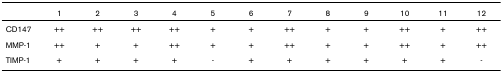
<table><thead><tr><td></td><td><b>1</b></td><td><b>2</b></td><td><b>3</b></td><td><b>4</b></td><td><b>5</b></td><td><b>6</b></td><td><b>7</b></td><td><b>8</b></td><td><b>9</b></td><td><b>10</b></td><td><b>11</b></td><td><b>12</b></td></tr></thead><tbody><tr><td>CD147</td><td>++</td><td>++</td><td>++</td><td>++</td><td>+</td><td>+</td><td>++</td><td>+</td><td>+</td><td>++</td><td>+</td><td>++</td></tr><tr><td>MMP-1</td><td>++</td><td>+</td><td>+</td><td>++</td><td>+</td><td>+</td><td>++</td><td>+</td><td>+</td><td>++</td><td>+</td><td>++</td></tr><tr><td>TIMP-1</td><td>+</td><td>+</td><td>+</td><td>+</td><td>-</td><td>+</td><td>+</td><td>+</td><td>+</td><td>+</td><td>+</td><td>-</td></tr></tbody></table>